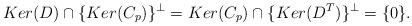
LaTeX: \begin{align*}Ker(D)\cap \{Ker(C_p)\}^\perp = Ker(C_p)\cap \{Ker(D^T)\}^\perp=\{0\}.\end{align*}